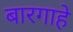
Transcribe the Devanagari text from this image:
बारगाहे